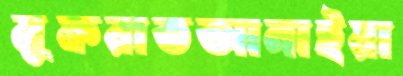
মুফরাতআনাইয়া